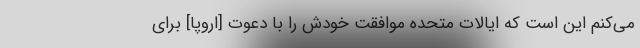
می‌کنم این است که ایالات متحده موافقت خودش را با دعوت [اروپا] برای